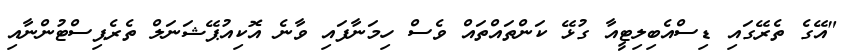
"އޭގެ ތެރޭގައި ޑިސްއެބިލިޓީއާ ގުޅޭ ކަންތައްތައް ވެސް ހިމަނާފައި ވާނެ އޮކިއުޕޭޝަނަލް ތެރެޕިސްޓުންނާއި